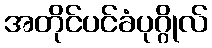
အတိုင်ပင်ခံပုဂ္ဂိုလ်